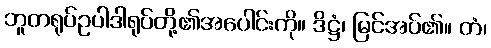
ဘူတရုပ်ဥပါဒါရုပ်တို့၏အပေါင်းကို။ ဒိဋ္ဌံ၊ မြင်အပ်၏။ တံ၊